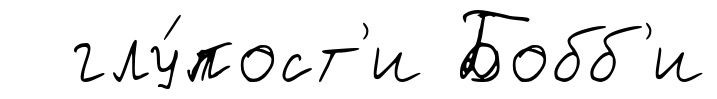
глу́пост'и Бобб'и